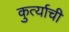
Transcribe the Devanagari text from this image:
कुर्त्याची